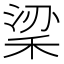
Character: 𥞹